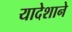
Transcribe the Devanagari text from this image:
यादेशाने